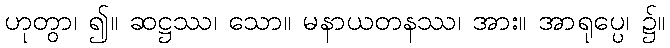
ဟုတွာ၊ ၍။ ဆဋ္ဌဿ၊ သော။ မနာယတနဿ၊ အား။ အာရုပ္ပေ၊ ၌။